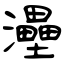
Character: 灅